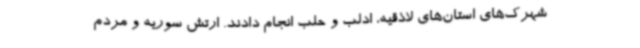
شهرک‌های استان‌های لاذقیه، ادلب و حلب انجام دادند. ارتش سوریه و مردم